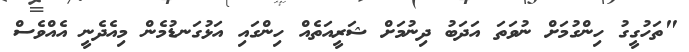
"ތަހުގީގު ހިންގުމަށް ނުވަތަ އަދަބު ދިނުމަށް ޝަރީއަތެއް ހިންގައި އަޅުގަނޑުމެން މިއެދެނީ އެއްވެސް